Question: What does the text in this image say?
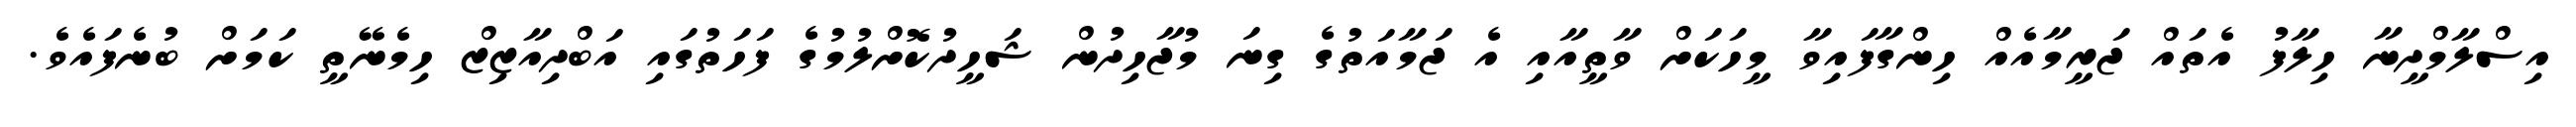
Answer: އިސްލާމްދީނާ ހިލާފު އެތައް ޖަރީމާއެއް ހިންގާފައިވާ މީހަކަށް ވާތީއާއި އެ ޖަމާއަތުގެ ގިނަ މުޖާހިދުން ޝަހީދުކޮށްލުމުގެ ފަހަތުގައި އަބްދިއާޒިޒް ހިމެނޭތީ ކަމަށް ބުނެފައެވެ.